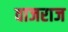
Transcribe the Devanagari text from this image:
वाजराज